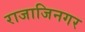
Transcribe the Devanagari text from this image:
राजाजिनगर